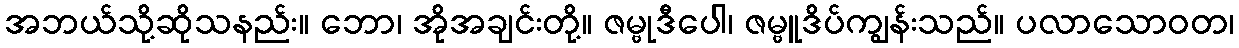
အဘယ်သို့ဆိုသနည်း။ ဘော၊ အိုအချင်းတို့။ ဇမ္ဗုဒီပေါ၊ ဇမ္ဗူဒိပ်ကျွန်းသည်။ ပလာသောဝတ၊